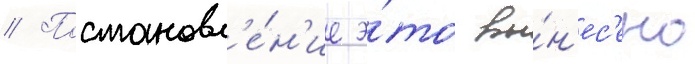
// Постановл'е́н'ие э́то вы́н'ес'ено